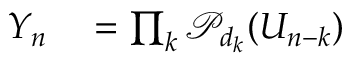
\begin{array} { r l } { Y _ { n } } & { { } = \prod _ { k } \mathcal { P } _ { d _ { k } } ( U _ { n - k } ) } \end{array}